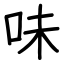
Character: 味